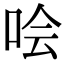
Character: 哙